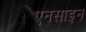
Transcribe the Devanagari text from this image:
एनसाइन